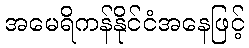
အမေရိကန်နိုင်ငံအနေဖြင့်